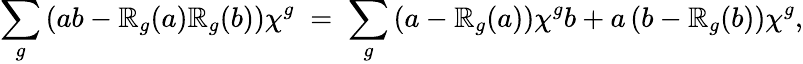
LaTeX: \sum_{g}\left(ab-\mathbb{R}_{g}(a)\mathbb{R}_{g}(b)\right)\chi^{g}\; =\; \sum_{g}\left(a-\mathbb{R}_{g}(a)\right)\chi^{g}b+a\left(b-\mathbb{R}_{g}(b)\right)\chi^{g},